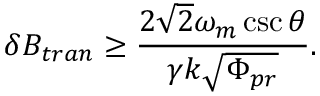
\delta B _ { t r a n } \geq \frac { 2 \sqrt { 2 } \omega _ { m } \csc \theta } { \gamma k \sqrt { \Phi _ { p r } } } .